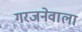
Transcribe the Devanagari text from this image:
गरजनेवाला